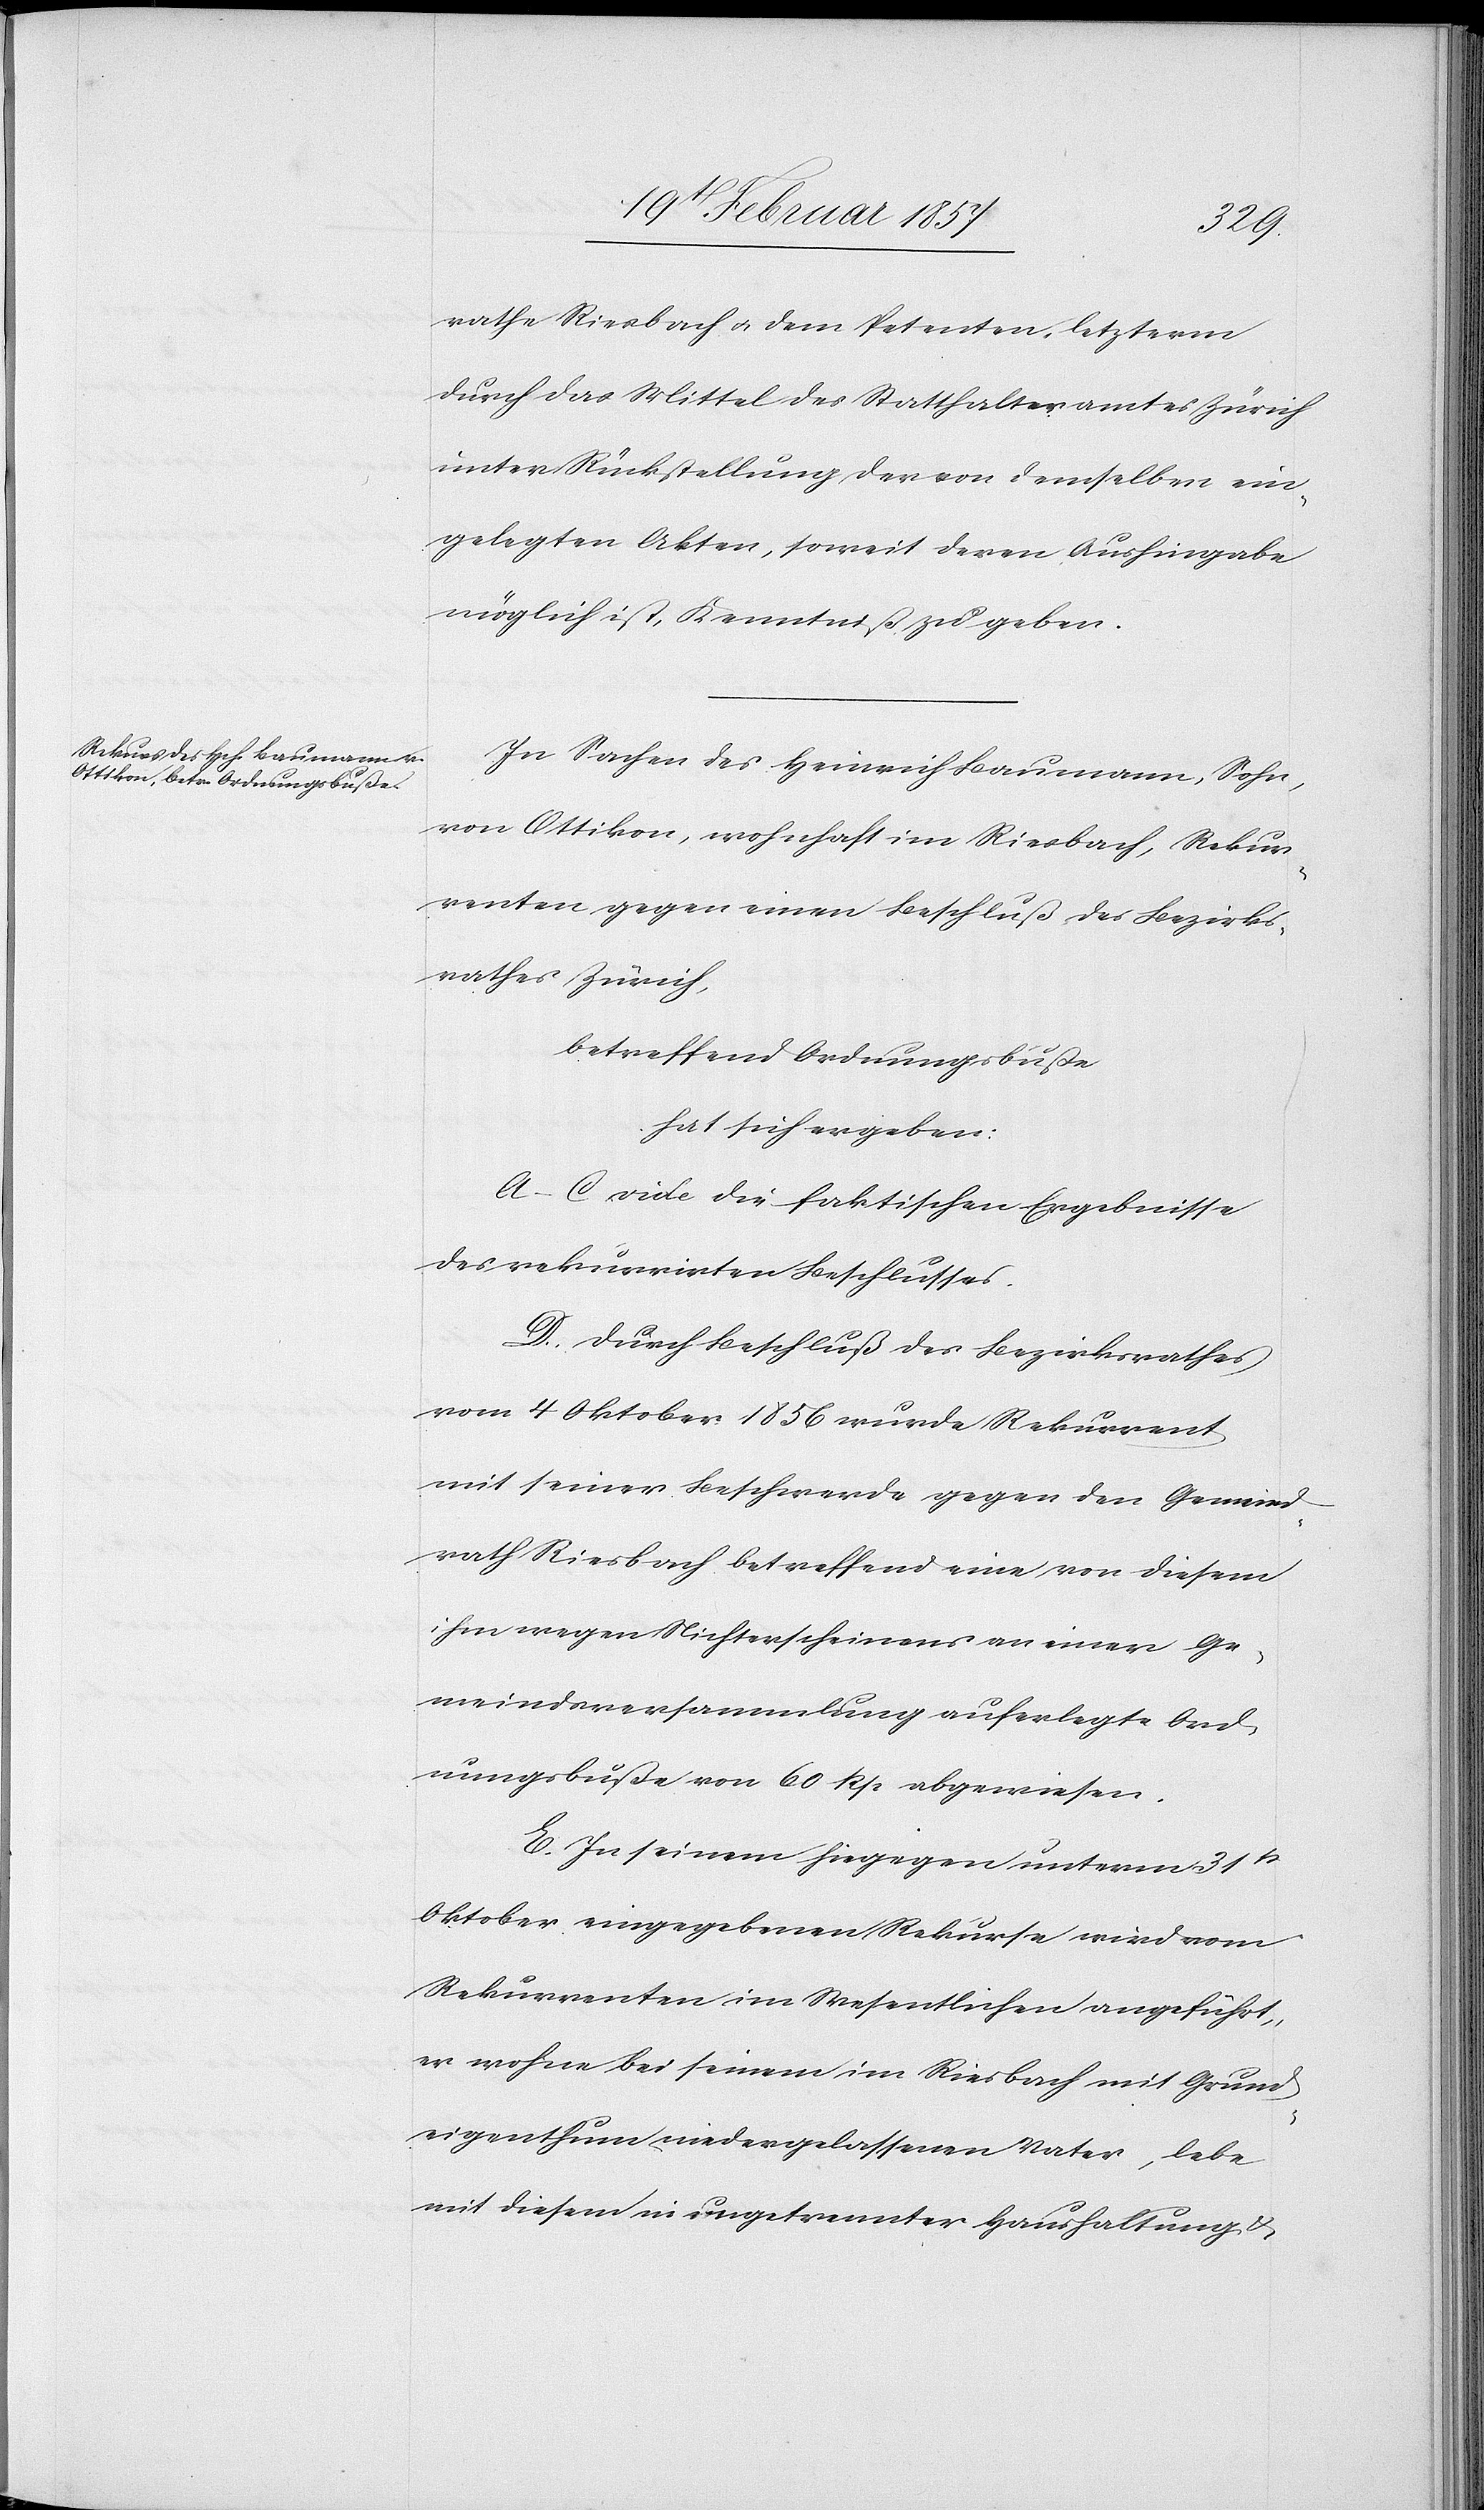
rathe Riesbach u. dem Petenten, letzterm
durch das Mittel des Statthalteramtes Zürich
unter Rückstellung der von denselben ein¬
gelegten Akten, soweit deren Aushingabe
möglich ist, Kenntniß zu geben.
In Sachen des Heinrich Baumann, Sohn,
von Ottikon, wohnhaft im Riesbach, Rekur¬
renten gegen einen Beschluß des Bezirks¬
rathes Zürich,
betreffend Ordnungsbuße
hat sich ergeben:
A–C vide die faktischen Ergebnisse
des rekurrirten Beschlusses.
D. Durch Beschluß des Bezirksrathes
vom 4 Oktober 1856 wurde Rekurrent
mit seiner Beschwerde gegen den Gemeind¬
rath Riesbach betreffend eine von diesem
ihm wegen Nichterscheinens an einer Ge¬
meindsversammlung auferlegte Ord¬
nungsbuße von 60 Rp. abgewiesen.
E. In seinem hiegegen unterm 31t
Oktober eingegebenen Rekurse wird vom
Rekurrenten im Wesentlichen angeführt,
er wohne bei seinem im Riesbach mit Grund¬
eigenthum niedergelassenen Vater, lebe
mit diesem in ungetrennter Haushaltung u.